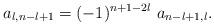
LaTeX: \begin{align*} a_{l,n-l+1}=(-1)^{n+1-2l} \ a_{n-l+1,l}.\end{align*}